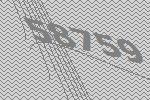
58759